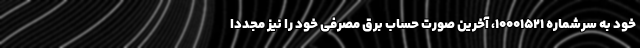
خود به سرشماره 10001521، آخرین صورت حساب برق مصرفی خود را نیز مجددا